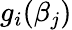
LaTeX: g_{i}(\beta_{j})